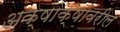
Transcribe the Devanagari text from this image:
अक्षांक्षावरील